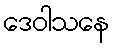
ဒေဝါသနေ